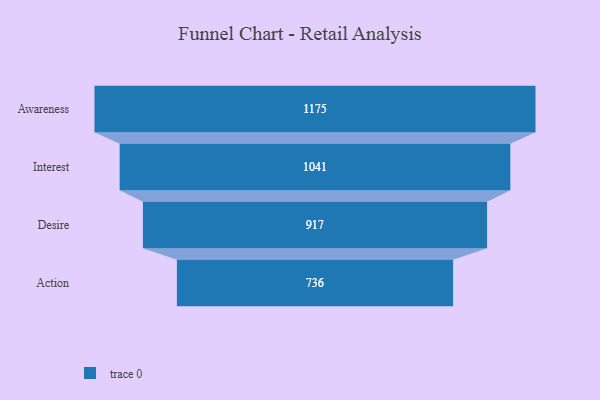
{"axis": {"x": "Stage", "y": "Value"}, "legend": [""], "data": [{"x": "Awareness", "y": 1175.0, "type": ""}, {"x": "Interest", "y": 1041.0, "type": ""}, {"x": "Desire", "y": 917.0, "type": ""}, {"x": "Action", "y": 736.0, "type": ""}]}